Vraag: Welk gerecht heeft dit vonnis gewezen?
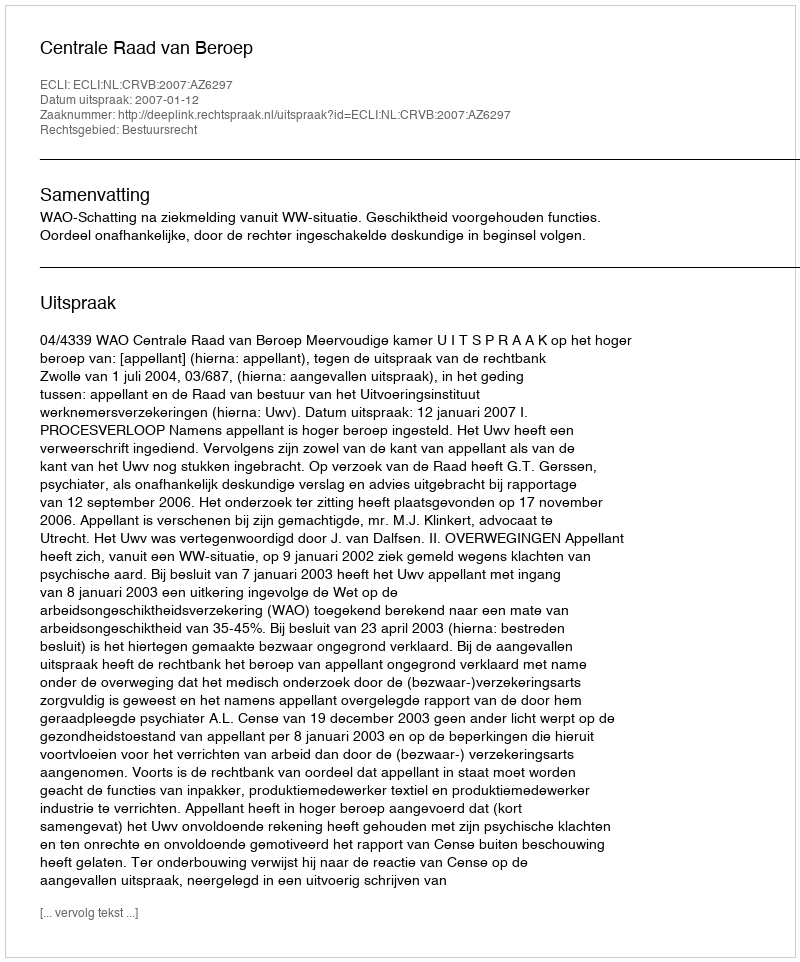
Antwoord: Centrale Raad van Beroep